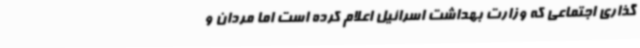
گذاری اجتماعی که وزارت بهداشت اسرائیل اعلام کرده است اما مردان و